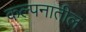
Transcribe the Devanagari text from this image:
कल्पनातील